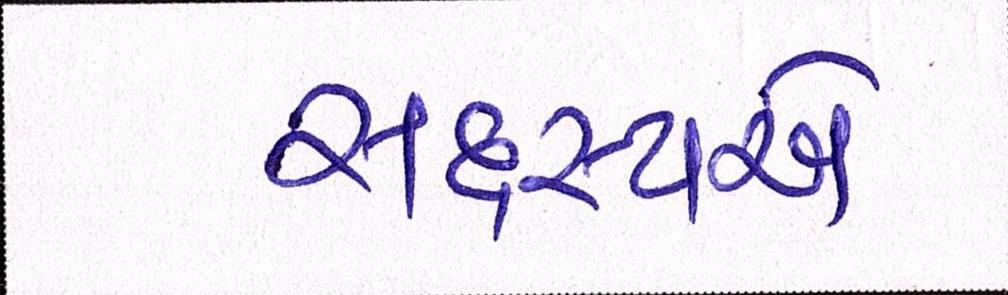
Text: સદસ્યએ